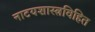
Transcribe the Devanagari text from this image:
नाटयशास्त्रविहित